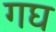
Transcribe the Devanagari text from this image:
गघ